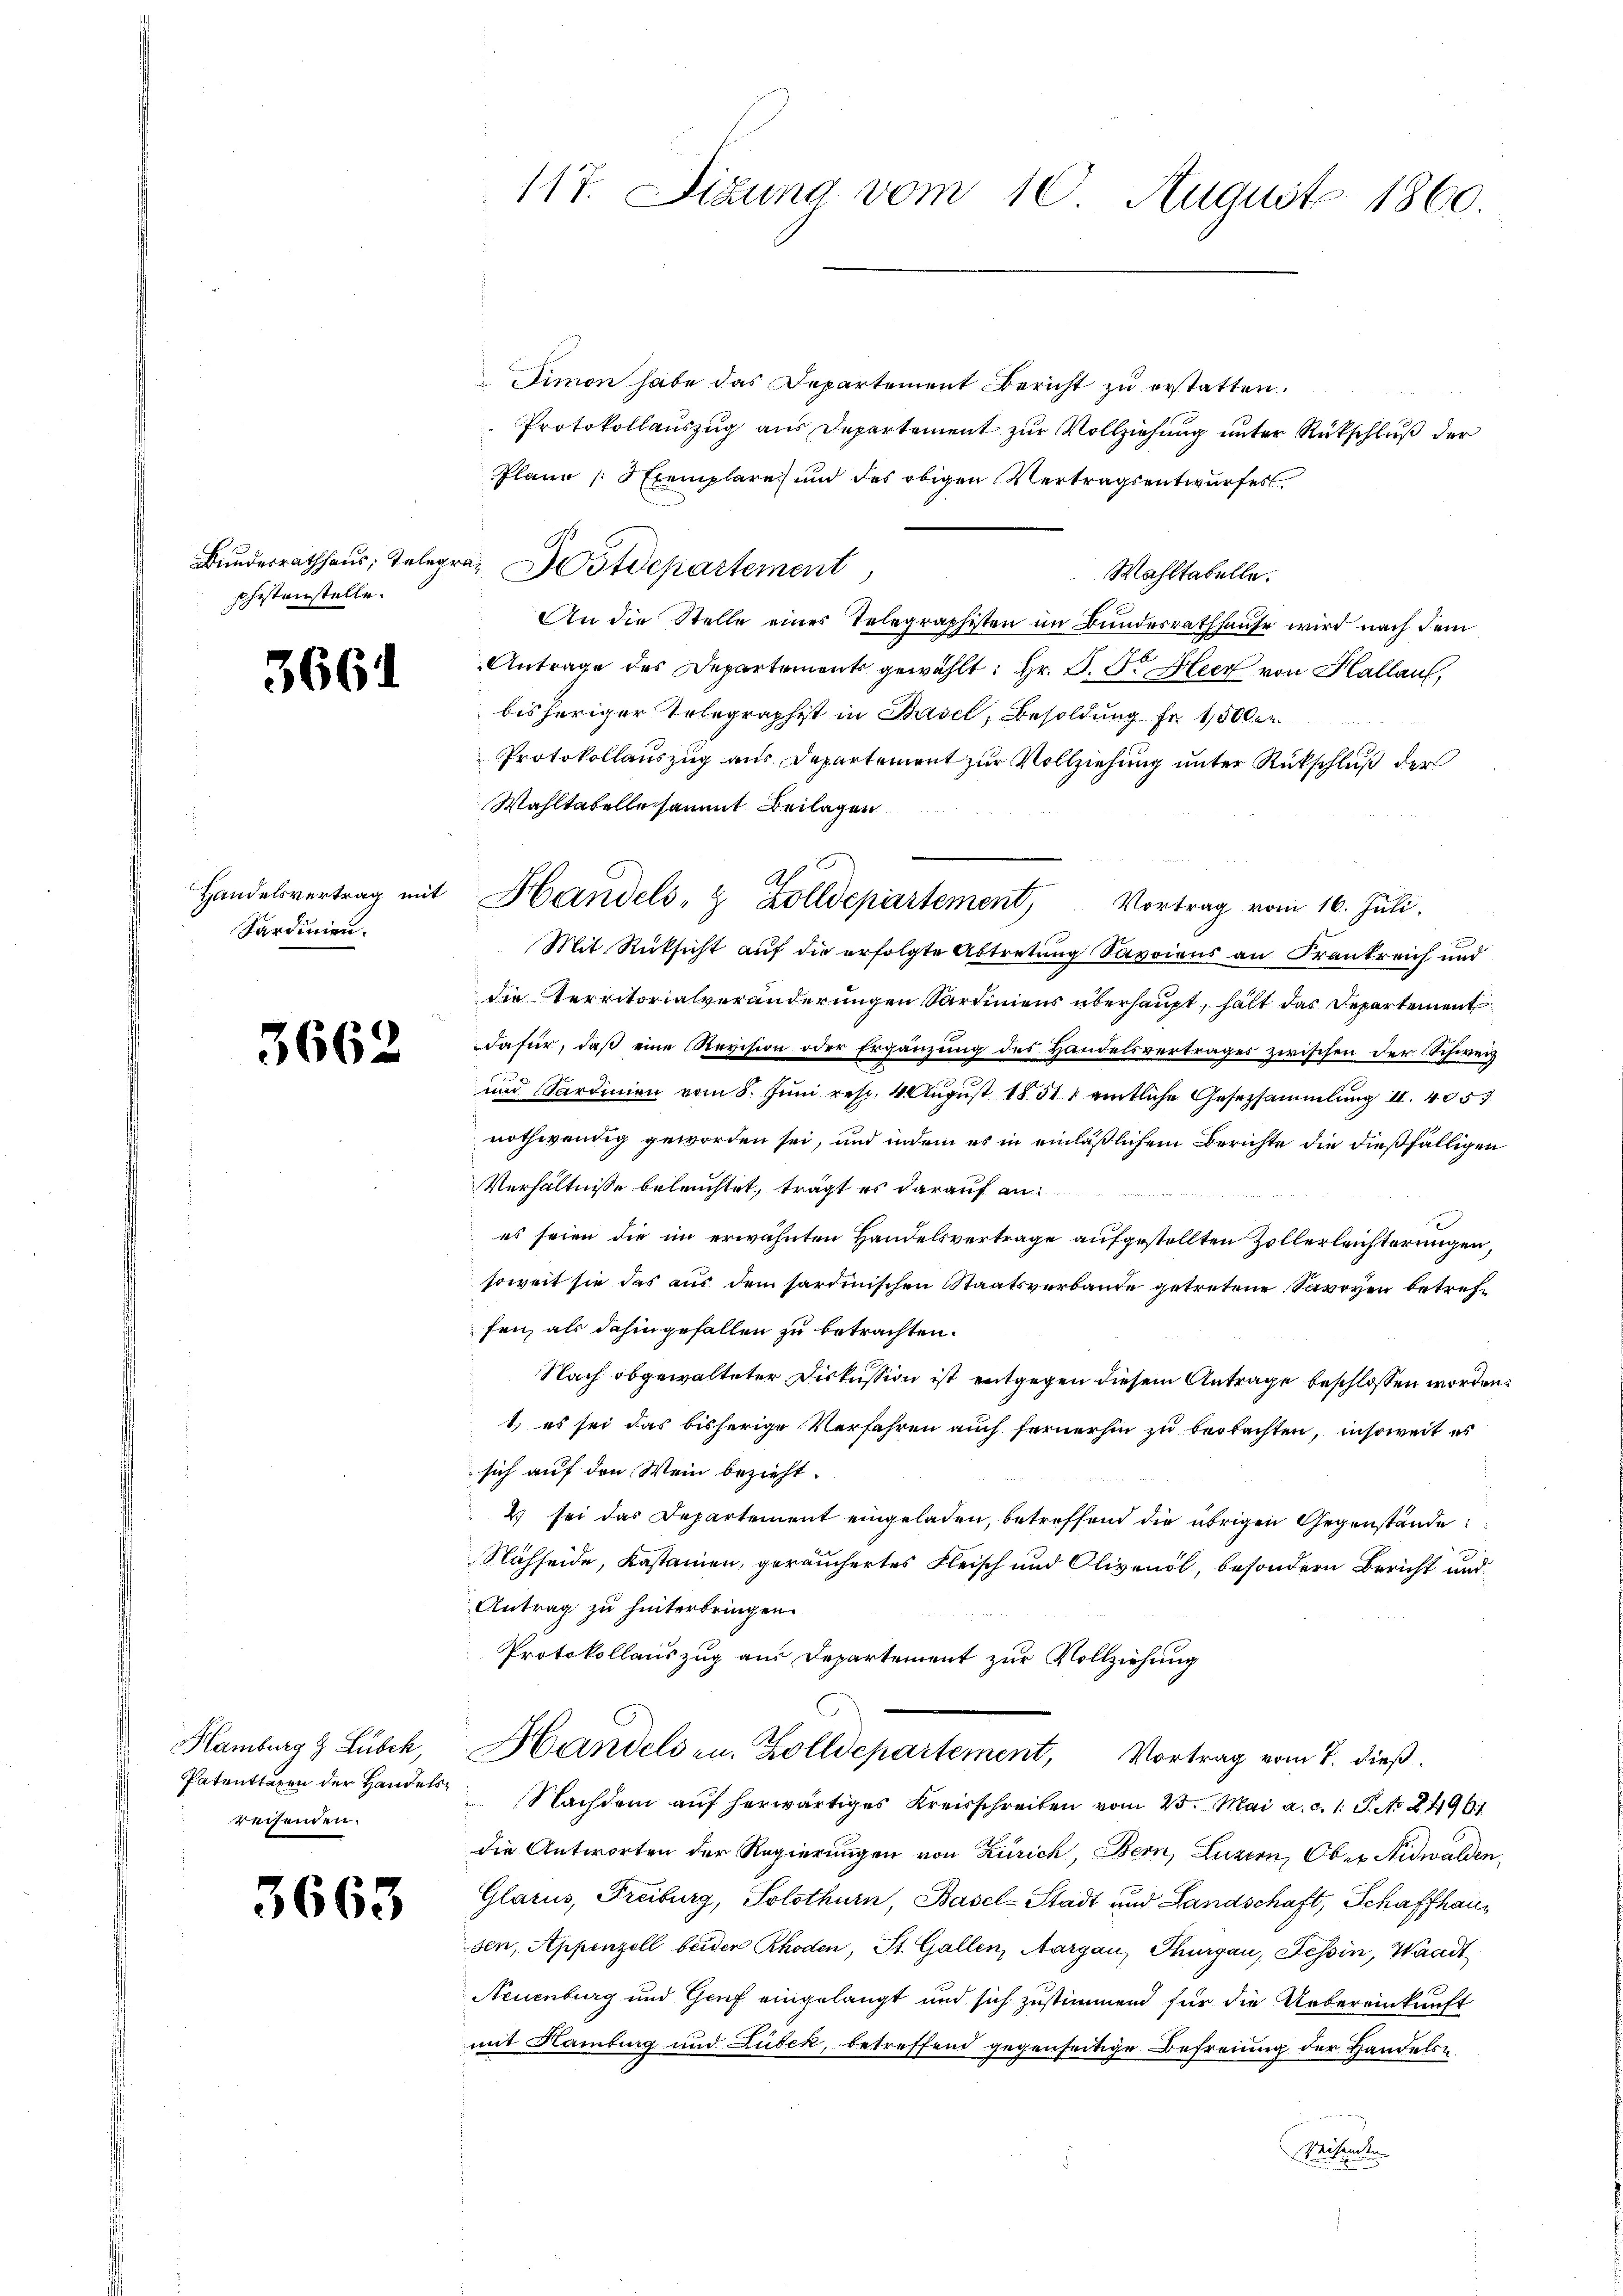
Bundesrathhaus; Telegräshistenstelle.

366

Sardinien.

3662

Hamburg & Lubek,
reisenden.

3663

Simon habe das Departement Bericht zu erstatten.
Protokollauszug aus Departement zur Vollziehung unter Rückschluß der
Plane Exemplare und des obigen Vertragsentwurfes.
Wahltabelle.
An die Stelle eines Telegraphisten im Bundesrathhause wird nach dem
Antrage des Departements gewählt: Hr. P. F. Heer von Hallauf,
bisheriger Telegraphist in Basel, Besoldung Fr. 1,500
Protokollauszug aus Departement zur Vollziehung unter Rückschluß der
Wahltabelle sammt Beilagen
Mit Rücksicht auf die erfolgte Abtretung Savoiens an Frankreich und
die Territorialveränderungen Sardiniens überhaupt, hält das Departement
Dafür, daß eine Revision oder Ergänzung des Handelsvertrages zwischen der Schweiz
und Sardinien vom 8. Jŭni resp. 4 Aŭgŭst 1851 amtliche Gesetzsammlung II. 4057
nothwendig geworden sei, und indem es in einläßlichem Berichte die dießfälligen
Verhältnisse beleuchtet, trägt es darauf anes seien die im erwähnten Handelsvertrage aufgestellten Zollerleichterungen,
soweit sie das aus dem sardinischen Staatsverbande getretene Savoyen betreffen, als dahingefallen zu betrachten.
Nach obgewalteter Diskussion ist entgegen diesem Antrage beschlossen worden.
1.) es sei das bisherige Verfahren auch fernerhin zu beobachten, insoweit es
sich auf den Wein bezieht.
2) sei das Departement eingeladen, betreffend die übrigen Gegenstände:
Nähseide, Kastanien, geräuchertes Fleisch und Olivenol, besondern Bericht und
Antrag zu hinterbringen.
Protokollauszug aus Departement zur Vollziehung
Handelsen. Zolldepartement, Vortrag vom 7. dieß.
Patentragen der Handels Nachdem aŭf herwärtiges Kreisschreiben vom 25. Mai a. c. 1 S. No. 24961
die Antworten der Regierungen von Zürich, Bern, Luzern, Ober Nidwalden,
Glarus, Freiburg, Solothurn, Basel-Stadt und Landschaft, Schaffhaus
sen, Appenzell beider Rhoden, St. Gallen, Aargau, Thurgau, Tessin, Waadt
Neuenburg und Genf eingelangt und sich zustimmend für die Uebereinkunft
mit Hamburg und Lubek, betreffend gegenseitige Befreiung der Handels-
Weisenden

117. Sizung vom 10. August 1860.

Wstdepartement

Handelsvertrag mit Handels- & Zolldepartement Vortrag vom 16. Jŭli.